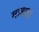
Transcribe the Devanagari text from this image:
माडल।